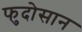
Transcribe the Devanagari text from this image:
फुदोसान